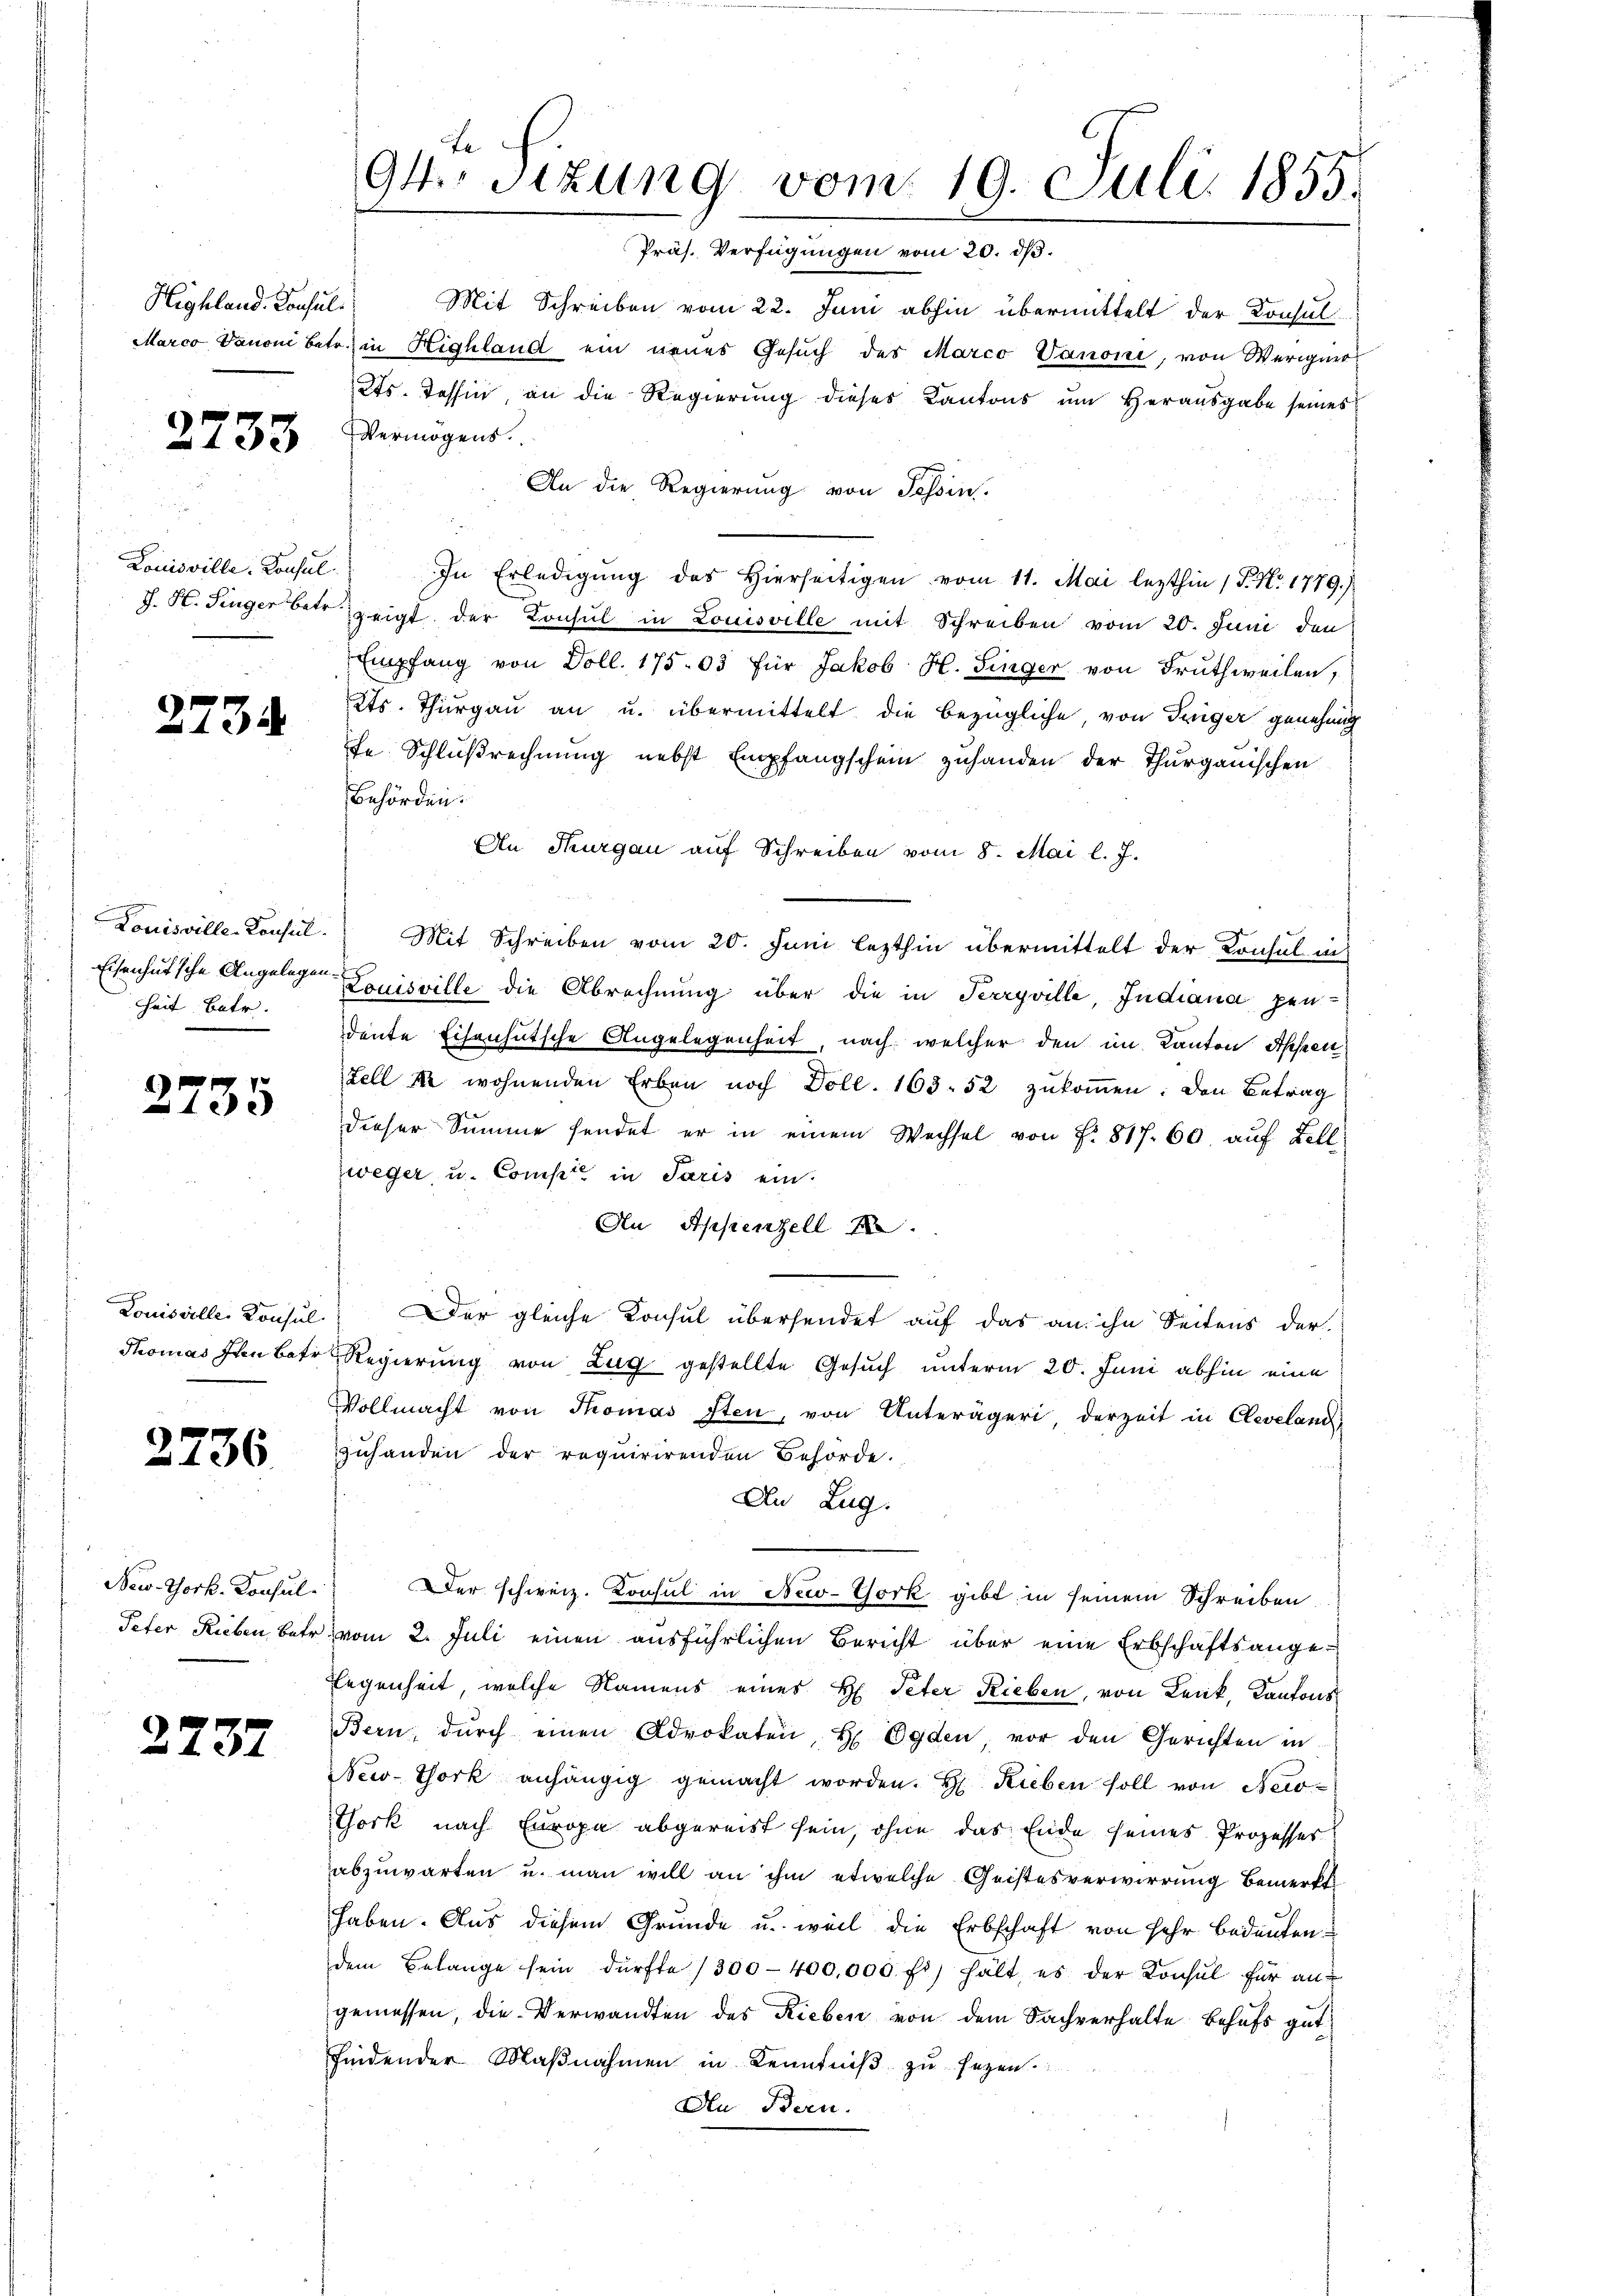
Highland. Consul

2733

Louisville-Consul

2734

heit Betr.

2735

2736

2237

94 sizung vom 19. Juli 1855.
Präs. Verfügungen vom 20. dß.

Mit Schreiben vom 22. Juni abhin übermittelt der Konsul
Marco Danoni betr. in Highland ein neues Gesŭch des Marco Vanoni, von Werigner
2ts. Tessin, an die Regierung dieses Kantons ŭm Herausgabe seines
Vermögens.
An die Regierung von Tessin,
In Erledigung des Hierseitigen vom 11. Mai lezthin (P. Nr. 1779.)
J. H. Finger betr zeigt der Konsul in Louisville mit Schreiben vom 20. Juni den
Empfang von Doll. 175. 03 für Jakob H. Finger von Fruthweilen,
2ts. Thurgau an u. übermittelt die bezügliche, von Teiger genehmig
fe Schlußrechnung nebst Empfangschein zuhanden der Thurgauischen
Behörden.
An Thurgau auf Schreiben vom 8. Mai l. J.
Louisville Konsul. Mit Schreiben vom 20. Juni lezthin übermittelt der Konsul in
Eisenhutsche Angelegen Louisville die Abrechnung über die in Perryville, Indiana pendente Eisenhutsche Angelegenheit, nach welcher den im Kanton Appen
Zell ke wohnenden Erben noch Doll. 163. 52 zukommen. Den Betrag
dieser Summe sendet er in einem Wechsel von f. 817. 60. auf Lell
zweyer, u. Comp in Paris ein.
An Appenzell I.
Louisville Konsul: Der gleiche Konsul übersendet auf das an ihn Seitens der
Thomas den betr. Regierung von Zug gestellte Gesuch unterm 20. Juni abhin eine
Vollmacht von Thomas Iten, von Unterägeri derzeit in Cleveland,
zuhanden der requirirenden Behörde.
An Zug.
New-York. Konsul Der schweiz. Konsul in New-York gibt in seinem Schreiben
Peter Rieben betr. vom 2. Juli einen ausführlichen Bericht über eine Erbschaftsangelegenheit, welche Namens eines H. Peter Rieben, von Lenk, Kantons
Bern dŭrch einen Advokaten, H. Eyden vor den Gerichten in
New-York anhängig gemacht worden. H. Rieben soll von Neco¬
Thork nach Europa abgereist sein, ohne das Ende seines Prozesses
abzuwarten u. man will an ihm etwelche Geistesverwirrung bemerkt
haben. Aus diesem Grunde u. weil die Erbschaft von sehr bedeutendem Belange sein dürfte (300–400,000 fl) hält es der Konsul für angemessen, die Verwandten des Rieben von dem Sachverhalte Behufs gut
findender Maßnahmen in Kenntniß zu sezen.
Aen Bern.